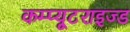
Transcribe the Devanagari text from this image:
कम्प्यूटराइज्ड